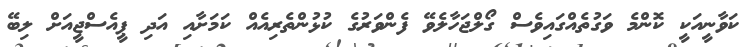
ކަވާނީއަކީ ކޮންމެ ވަގުތެއްގައިވެސް ގޯލްޖަހާލެވޭ ފެންވަރުގެ ކުޅުންތެރިއެއް ކަމަށާއި އަދި ޕީއެސްޖީއަށް ލިބޭ